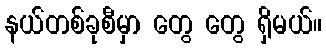
နယ်တစ်ခုစီမှာ တွေ တွေ ရှိမယ်။